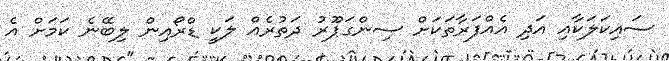
ސައިކަލަކާއި އަދި އެއްފަރާތަކަށް ސިންގަޕޫރު ދަތުރެއް ލަކީ ޑްރޯއިން ލިބޭނެ ކަމަށް އެ